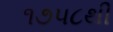
૧૭૫૮થી